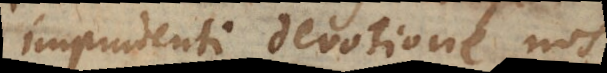
imprudenti devotione nos